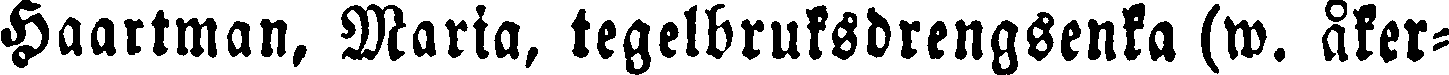
Haartman, Maria, tegelbruksdrengsenka (w. åker-